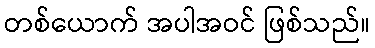
တစ်ယောက် အပါအဝင် ဖြစ်သည်။